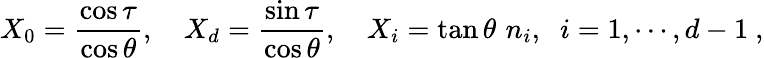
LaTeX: X_{0}={\frac{\cos\tau}{\cos\theta}},\quad X_{d}={\frac{\sin\tau}{\cos\theta}},\quad X_{i}=\tan\theta\, \, n_{i},\; \; i=1,\cdots,d-1\ ,